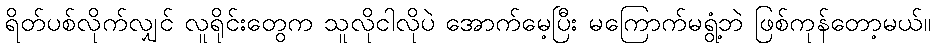
ရိတ်ပစ်လိုက်လျှင် လူရိုင်းတွေက သူလိုငါလိုပဲ အောက်မေ့ပြီး မကြောက်မရွံ့ဘဲ ဖြစ်ကုန်တော့မယ်။